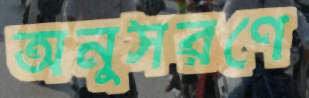
অনুসরণে